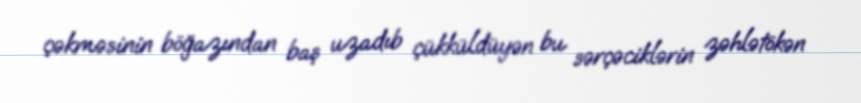
çəkməsinin böğazından baş uzadıb çükküldüyən bu sərçəciklərin zəhlətökən